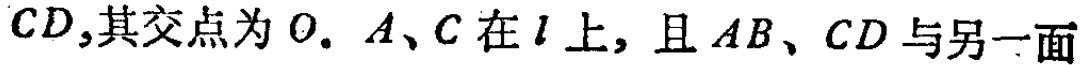
$CD,其交点为O. A、C在l上,且AB、CD与另一面$